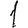
Digit: 1